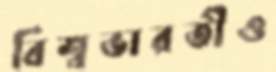
বিশ্বভারতীও